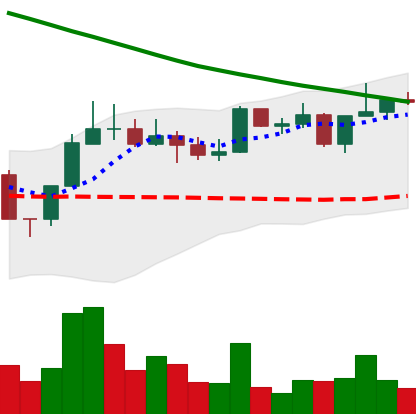
Ticker: NEO-USD
Chart end date: 2022-08-13
Forward return: -12.76%
Label: down_7plus